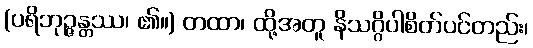
(ပရိဘုဉ္ဇန္တဿ၊ ၏။) တထာ၊ ထို့အတူ နိသဂ္ဂိပါစိတ်ပင်တည်း၊